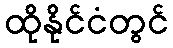
ထိုနိုင်ငံတွင်